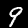
Label: 9